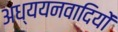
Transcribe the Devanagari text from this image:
अध्ययनवादियों